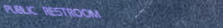
PUBLIC RESTROOM